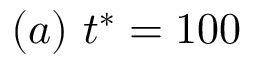
( a ) \ t ^ { * } = 1 0 0